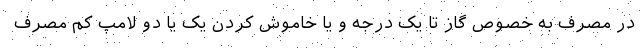
در مصرف به خصوص گاز تا یک درجه و یا خاموش کردن یک یا دو لامپ کم مصرف